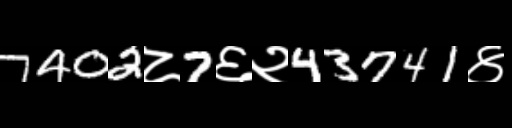
Text: 7402८7६२43741४